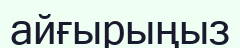
айғырыңыз